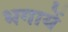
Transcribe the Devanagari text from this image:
भगायें